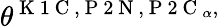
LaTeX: \theta^{\mathrm{~K~1~C~},\mathrm{~P~2~N~},\mathrm{~P~2~C~}_{\alpha},}